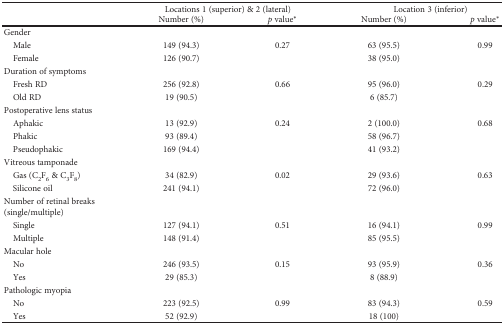
| <ROWSPAN=2>  | <COLSPAN=2> Locations 1 (superior) & 2 (lateral) | <COLSPAN=2> Location 3 (inferior) |
 | Number (%) | p value∗ | Number (%) | p value∗ |
 | --- | --- | --- | --- | --- |
 | <COLSPAN=5> Gender |
 | Male | 149 (94.3) | 0.27 | 63 (95.5) | 0.99 |
 | Female | 126 (90.7) |  | 38 (95.0) |  |
 | <COLSPAN=5> Duration of symptoms |
 | Fresh RD | 256 (92.8) | 0.66 | 95 (96.0) | 0.29 |
 | Old RD | 19 (90.5) |  | 6 (85.7) |  |
 | <COLSPAN=5> Postoperative lens status |
 | Aphakic | 13 (92.9) | 0.24 | 2 (100.0) | 0.68 |
 | Phakic | 93 (89.4) |  | 58 (96.7) |  |
 | Pseudophakic | 169 (94.4) |  | 41 (93.2) |  |
 | <COLSPAN=5> Vitreous tamponade |
 | Gas (C2F6 & C3F8) | 34 (82.9) | 0.02 | 29 (93.6) | 0.63 |
 | Silicone oil | 241 (94.1) |  | 72 (96.0) |  |
 | Number of retinal breaks (single/multiple) |  |  |  |  |
 | Single | 127 (94.1) | 0.51 | 16 (94.1) | 0.99 |
 | Multiple | 148 (91.4) |  | 85 (95.5) |  |
 | <COLSPAN=5> Macular hole |
 | No | 246 (93.5) | 0.15 | 93 (95.9) | 0.36 |
 | Yes | 29 (85.3) |  | 8 (88.9) |  |
 | <COLSPAN=5> Pathologic myopia |
 | No | 223 (92.5) | 0.99 | 83 (94.3) | 0.59 |
 | Yes | 52 (92.9) |  | 18 (100) |  |